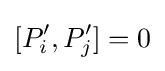
[P'_{i},P'_{j}]=0\,\!